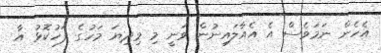
އެހެން ނަމަވެސް އެ އެއާލައިނުން ވަނީ މި މިދިޔަ މަހުގެ ފަހުކޮޅު އާ